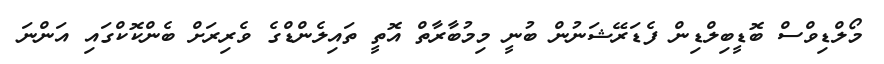
މޯލްޑިވްސް ބޮޑީބިލްޑިން ފެޑަރޭޝަނުން ބުނީ މިމުބާރާތް އޮތީ ތައިލެންޑްގެ ވެރިރަށް ބެންކޮކްގައި އަންނަ